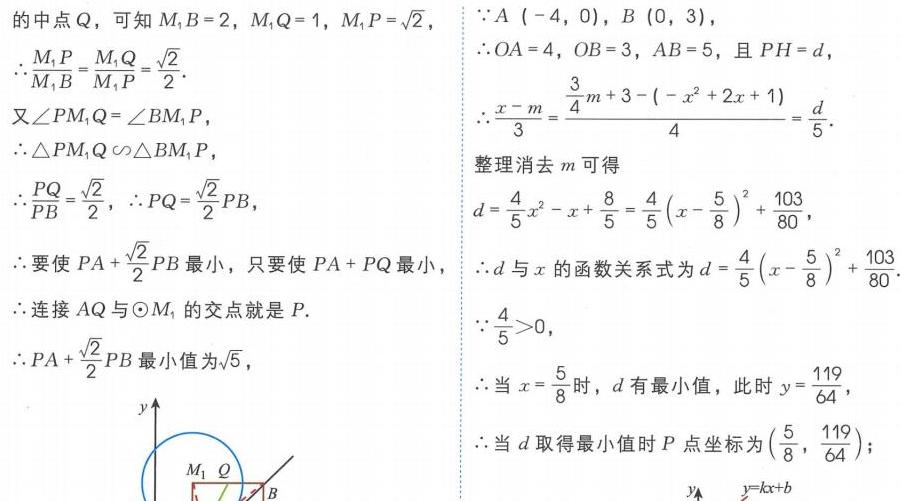
的中点\(Q\)，可知 \(M_{1}B = 2\)，\(M_{1}Q = 1\)，\(M_{1}P = \sqrt{2}\)，
\(\therefore\frac{M_{1}P}{M_{1}B}=\frac{M_{1}Q}{M_{1}P}=\frac{\sqrt{2}}{2}\).
又\(\angle PM_{1}Q=\angle BM_{1}P\)，
\(\therefore\triangle PM_{1}Q\sim\triangle BM_{1}P\)，
\(\therefore\frac{PQ}{PB}=\frac{\sqrt{2}}{2}\)，\(\therefore PQ = \frac{\sqrt{2}}{2}PB\)，
\(\therefore\)要使 \(PA+\frac{\sqrt{2}}{2}PB\) 最小，只要使 \(PA + PQ\) 最小，
\(\therefore\)连接 \(AQ\) 与\(\odot M_{1}\) 的交点就是 \(P\).
\(\therefore PA+\frac{\sqrt{2}}{2}PB\) 最小值为\(\sqrt{5}\)，
\(\because A\left(-4,0\right)\)，\(B\left(0,3\right)\)，
\(\therefore OA = 4\)，\(OB = 3\)，\(AB = 5\)，且 \(PH = d\)，
\(\therefore\frac{x - m}{3}=\frac{\frac{3}{4}m + 3-\left(-x^{2}+2x + 1\right)}{4}=\frac{d}{5}\).
整理消去 \(m\) 可得
\(d=\frac{4}{5}x^{2}-x+\frac{8}{5}=\frac{4}{5}\left(x - \frac{5}{8}\right)^{2}+\frac{103}{80}\)，
\(\therefore d\) 与 \(x\) 的函数关系式为 \(d=\frac{4}{5}\left(x - \frac{5}{8}\right)^{2}+\frac{103}{80}\).
\(\because\frac{4}{5}>0\)，
\(\therefore\)当 \(x = \frac{5}{8}\) 时，\(d\) 有最小值，此时 \(y=\frac{119}{64}\)，
\(\therefore\)当 \(d\) 取得最小值时 \(P\) 点坐标为 \(\left(\frac{5}{8},\frac{119}{64}\right)\)；